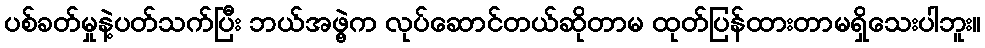
ပစ်ခတ်မှုနဲ့ပတ်သက်ပြီး ဘယ်အဖွဲ့က လုပ်ဆောင်တယ်ဆိုတာမ ထုတ်ပြန်ထားတာမရှိသေးပါဘူး။